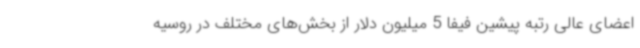
اعضای عالی رتبه پیشین فیفا 5 میلیون دلار از بخش‌های مختلف در روسیه